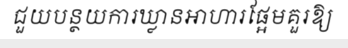
ជួយបន្ថយការឃ្លានអាហារផ្អែមគួរឱ្យ